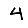
Digit: 4